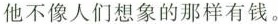
他不像人们想象的那样有钱。